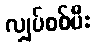
လျှပ်စစ်မီး